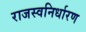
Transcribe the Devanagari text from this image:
राजस्वनिर्धारण